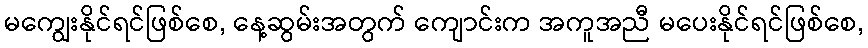
မကျွေးနိုင်ရင်ဖြစ်စေ, နေ့ဆွမ်းအတွက် ကျောင်းက အကူအညီ မပေးနိုင်ရင်ဖြစ်စေ,